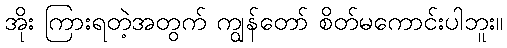
အိုး ကြားရတဲ့အတွက် ကျွန်တော် စိတ်မကောင်းပါဘူး။